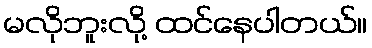
မလိုဘူးလို့ ထင်နေပါတယ်။